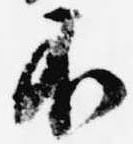
不